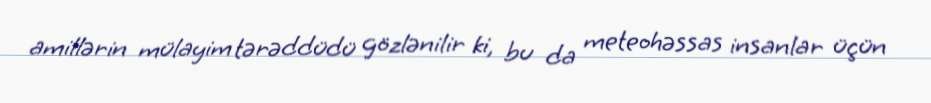
amillərin mülayim tərəddüdü gözlənilir ki, bu da meteohəssas insanlar üçün